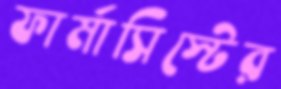
ফার্মাসিস্টের